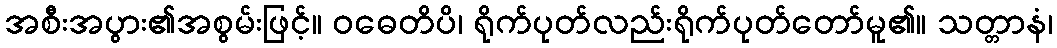
အစီးအပွား၏အစွမ်းဖြင့်။ ဝဓေတိပိ၊ ရိုက်ပုတ်လည်းရိုက်ပုတ်တော်မူ၏။ သတ္တာနံ၊